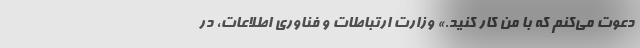
دعوت مي‌كنم كه با من كار كنيد.» وزارت ارتباطات و فناوري اطلاعات، در